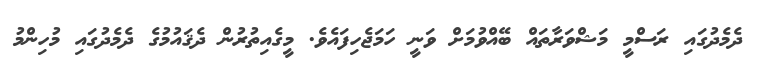
ދެމެދުގައި ރަސްމީ މަޝްވަރާތައް ބޭއްވުމަށް ވަނީ ހަމަޖެހިފައެވެ. މީގެއިތުރުން ދެޤައުމުގެ ދެމެދުގައި މުހިންމު